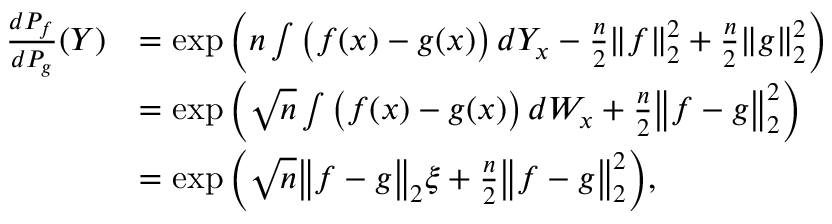
\begin{array} { r l } { \frac { d P _ { f } } { d P _ { g } } ( Y ) } & { = \exp \bigg ( n \int \big ( f ( x ) - g ( x ) \big ) \, d Y _ { x } - \frac n 2 \| f \| _ { 2 } ^ { 2 } + \frac n 2 \| g \| _ { 2 } ^ { 2 } \bigg ) } \\ & { = \exp \bigg ( \sqrt { n } \int \big ( f ( x ) - g ( x ) \big ) \, d W _ { x } + \frac { n } { 2 } \big \| f - g \big \| _ { 2 } ^ { 2 } \bigg ) } \\ & { = \exp \bigg ( \sqrt { n } \big \| f - g \big \| _ { 2 } \xi + \frac { n } { 2 } \big \| f - g \big \| _ { 2 } ^ { 2 } \bigg ) , } \end{array}